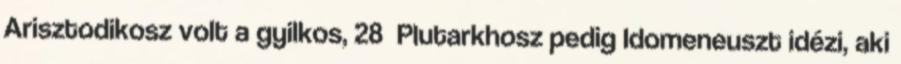
Arisztodikosz volt a gyilkos, 28 Plutarkhosz pedig Idomeneuszt idézi, aki